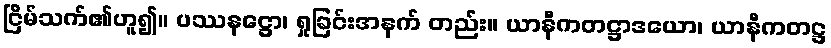
ငြိမ်သက်၏ဟူ၍။ ပဿနဋ္ဌော၊ ရှုခြင်းအနက် တည်း။ ယာနီကတဋ္ဌာဒယော၊ ယာနီကတဋ္ဌ